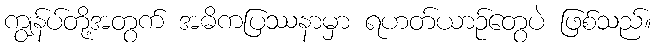
ကျွန်ပ်တို့အတွက် အဓိကပြဿနာမှာ ရဟတ်ယာဉ်တွေပဲ ဖြစ်သည်။